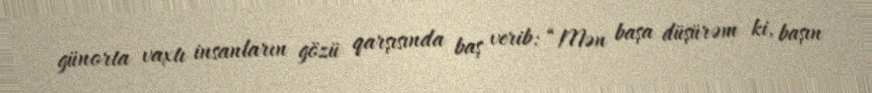
günorta vaxtı insanların gözü qarşısında baş verib: “Mən başa düşürəm ki, başın